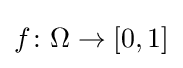
f\colon \Omega \rightarrow [0,1]